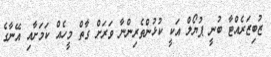
ޒުބިޒަރެއްޓާ ބުނީ ޕުޔޯލް އަކީ ކުޅުންތެރިންނާ ވަރަށް ގާތް މީހެއް ކަމަށާއި އޭނާގެ